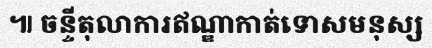
៕ ចន្ទីតុលាការឥណ្ឌាកាត់ទោសមនុស្ស